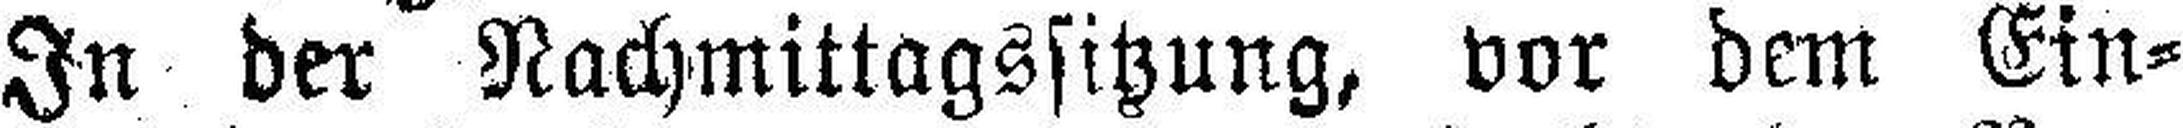
In der Nachmittagssitzung, vor dem Ein¬